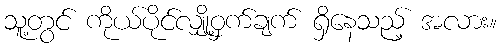
သူ့တွင် ကိုယ်ပိုင်လျှို့ဝှက်ချက် ရှိနေသည့် အလား။